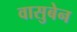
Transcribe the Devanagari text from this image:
वासुबेन